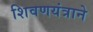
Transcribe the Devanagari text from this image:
शिवणयंत्राने